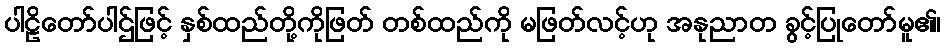
ပါဠိတော်ပါဌ်ဖြင့် နှစ်ထည်တို့ကိုဖြတ် တစ်ထည်ကို မဖြတ်လင့်ဟု အနုညာတ ခွင့်ပြုတော်မူ၏၊